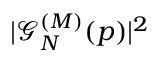
| \mathcal { G } _ { N } ^ { ( M ) } ( p ) | ^ { 2 }